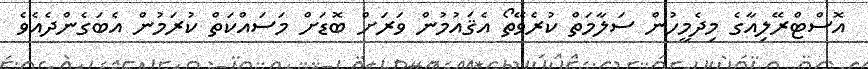
އޮސްޓްރޭލިއާގެ މިދެމީހުން ސަލާމަތް ކުރެވޭތޯ އެޤައުމުން ވަރަށް ބޮޑަށް މަސައްކަތް ކުރަމުން އެބަގެންދެއެވެ